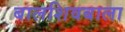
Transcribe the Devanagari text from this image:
बालशिवबाला